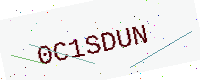
Text: 0C1SDUN